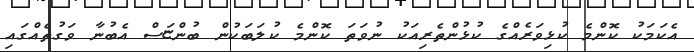
އެކަމަކު ކޮންމެ ކުޅިވަރެއްގެ ކުޅުންތެރިއަކު ނުވަތަ ކޮންމެ ކުލަބަކުން ބުންޏަސް އެބުނާ ވަގުތެއްގައި